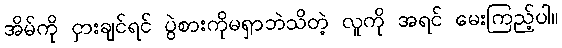
အိမ်ကို ငှားချင်ရင် ပွဲစားကိုမရှာဘဲသိတဲ့ လူကို အရင် မေးကြည့်ပါ။